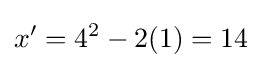
x'=4^{2}-2(1)=14